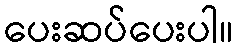
ပေးဆပ်ပေးပါ။